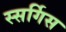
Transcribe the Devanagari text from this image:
स्सर्गिस